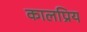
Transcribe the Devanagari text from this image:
कालप्रिय